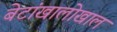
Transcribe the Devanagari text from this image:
बेटांखालोखाल